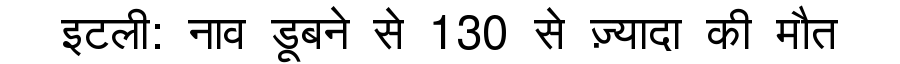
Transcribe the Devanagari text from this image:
इटली: नाव डूबने से 130 से ज़्यादा की मौत